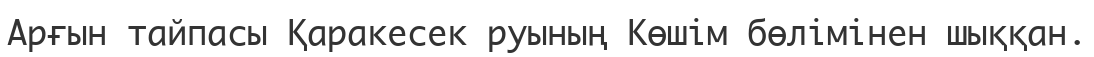
Арғын тайпасы Қаракесек руының Көшім бөлімінен шыққан.